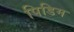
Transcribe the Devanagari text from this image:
पिडिम